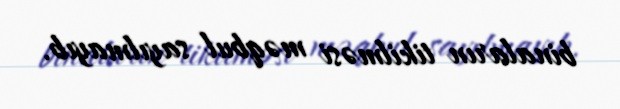
binaların tikilməsi məqbul sayılmayıb.